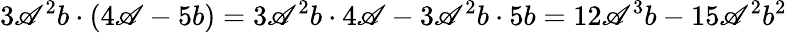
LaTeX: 3\mathscr{A}^{2}b\cdot(4\mathscr{A}-5b)=3\mathscr{A}^{2}b\cdot4\mathscr{A}-3\mathscr{A}^{2}b\cdot5b=12\mathscr{A}^{3}b-15\mathscr{A}^{2}b^{2}